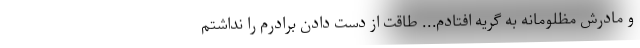
و مادرش مظلومانه به گریه افتادم... طاقت از دست دادن برادرم را نداشتم